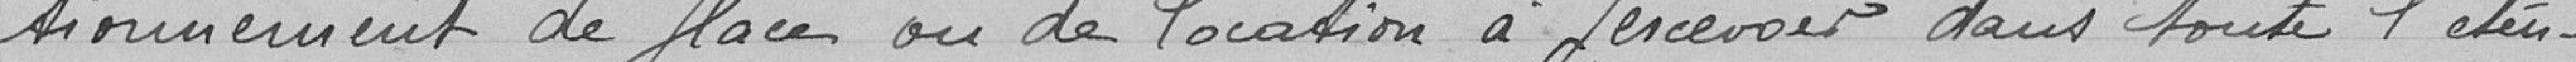
également un droit uniforme de 0F15 par mètre carré